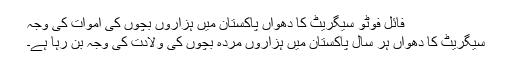
فائل فوٹو سیگریٹ کا دھواں پاکستان میں ہزاروں بچوں کی اموات کی وجہ
سیگریٹ کا دھواں ہر سال پاکستان میں ہزاروں مردہ بچوں کی ولادت کی وجہ بن رہا ہے۔